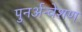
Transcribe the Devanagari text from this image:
पुनर्अन्वेशण